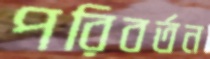
পরিবর্তন